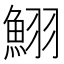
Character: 鮙